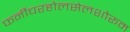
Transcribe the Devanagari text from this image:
फर्नीचरहोलसेलशोरूम